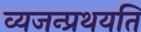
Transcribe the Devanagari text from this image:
व्यजन्प्रथयति